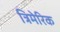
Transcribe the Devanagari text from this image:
त्रिमेरिक